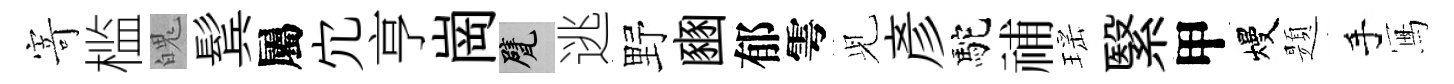
𭔃槛魄鬂屬宂亨崗甓逃野豳郁雩𫤗彥駝𥙷瑶繄甲熳題手冩